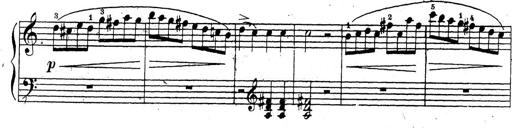
Title: 10 Sonatinas
Composer: Fritz Spindler